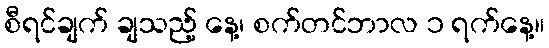
စီရင်ချက် ချသည့် နေ့၊ စက်တင်ဘာလ ၁ ရက်နေ့။